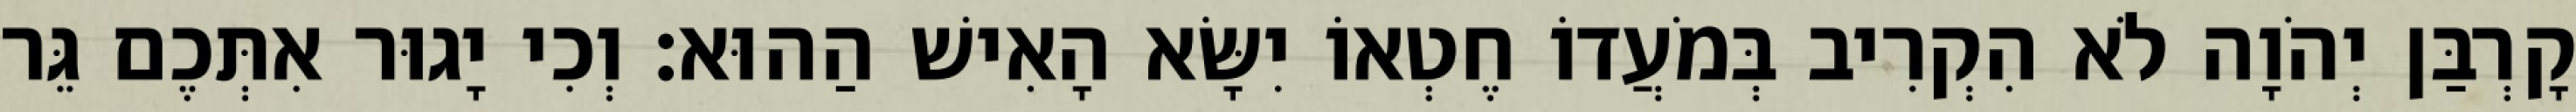
קָרְבַּן יְהֹוָה לֹא הִקְרִיב בְּמֹעֲדוֹ חֶטְאוֹ יִשָּׂא הָאִישׁ הַהוּא׃ וְכִי יָגוּר אִתְּכֶם גֵּר